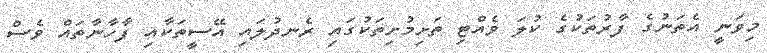
މިވަނީ އެތަނުގެ ފާރުތަކުގެ ކުލަ ވެއްޓި ތަށިމުށިތަކުގައި ރެނދުލައި އޭސީތަކާއި ފާހާނާތައް ވެސް